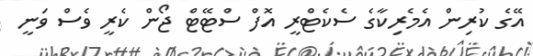
އޭގެ ކުރިން އެމެރިކާގެ ސެކެޓްރީ އޮފް ސްޓޭޓް ޖޯން ކެރީ ވެސް ވަނީ